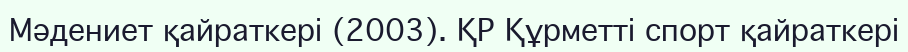
Мәдениет қайраткері (2003). ҚР Құрметті спорт қайраткері